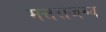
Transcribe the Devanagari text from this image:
मत्तराजश्च